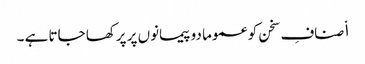
ا٘صنافِ سخن کو عموما دو پیمانوں پر پرکھا جاتا ہے ۔